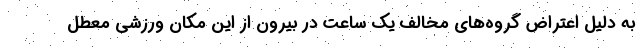
به دلیل اعتراض گروه‌های مخالف یک ساعت در بیرون از این مکان ورزشی معطل